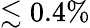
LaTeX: \lesssim 0.4\%